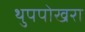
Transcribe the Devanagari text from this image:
थुपपोखरा